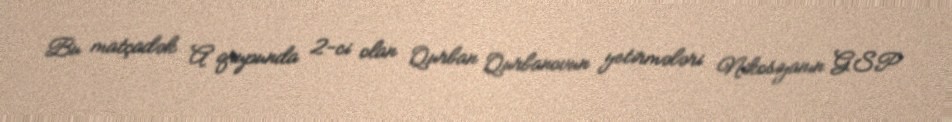
Bu matçadək A qrupunda 2-ci olan Qurban Qurbanovun yetirmələri Nikosiyanın GSP